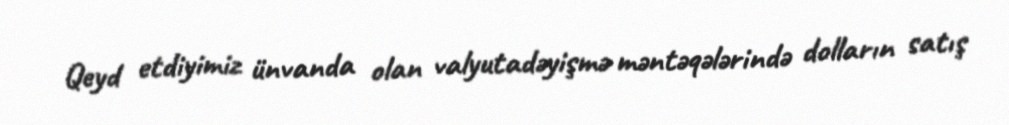
Qeyd etdiyimiz ünvanda olan valyutadəyişmə məntəqələrində dolların satış